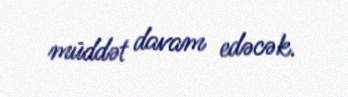
müddət davam edəcək.